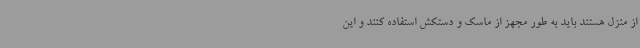
از منزل هستند باید به طور مجهز از ماسک و دستکش استفاده کنند و این